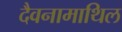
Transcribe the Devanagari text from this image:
दैवनामाथिल